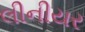
લીનીયર